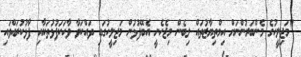
"މަޖިލީހުގެ މެންބަރުންނަށް އިމްތިޔާޒުތައް ލިބެން މިޖެހެނީ އެބޭފުޅުން މަޖިލީހުގައި ދައްކަވާ ވާހަކަފުޅުތަކާއި ފާޅުކުރައްވައި